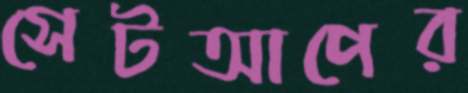
সেটআপের